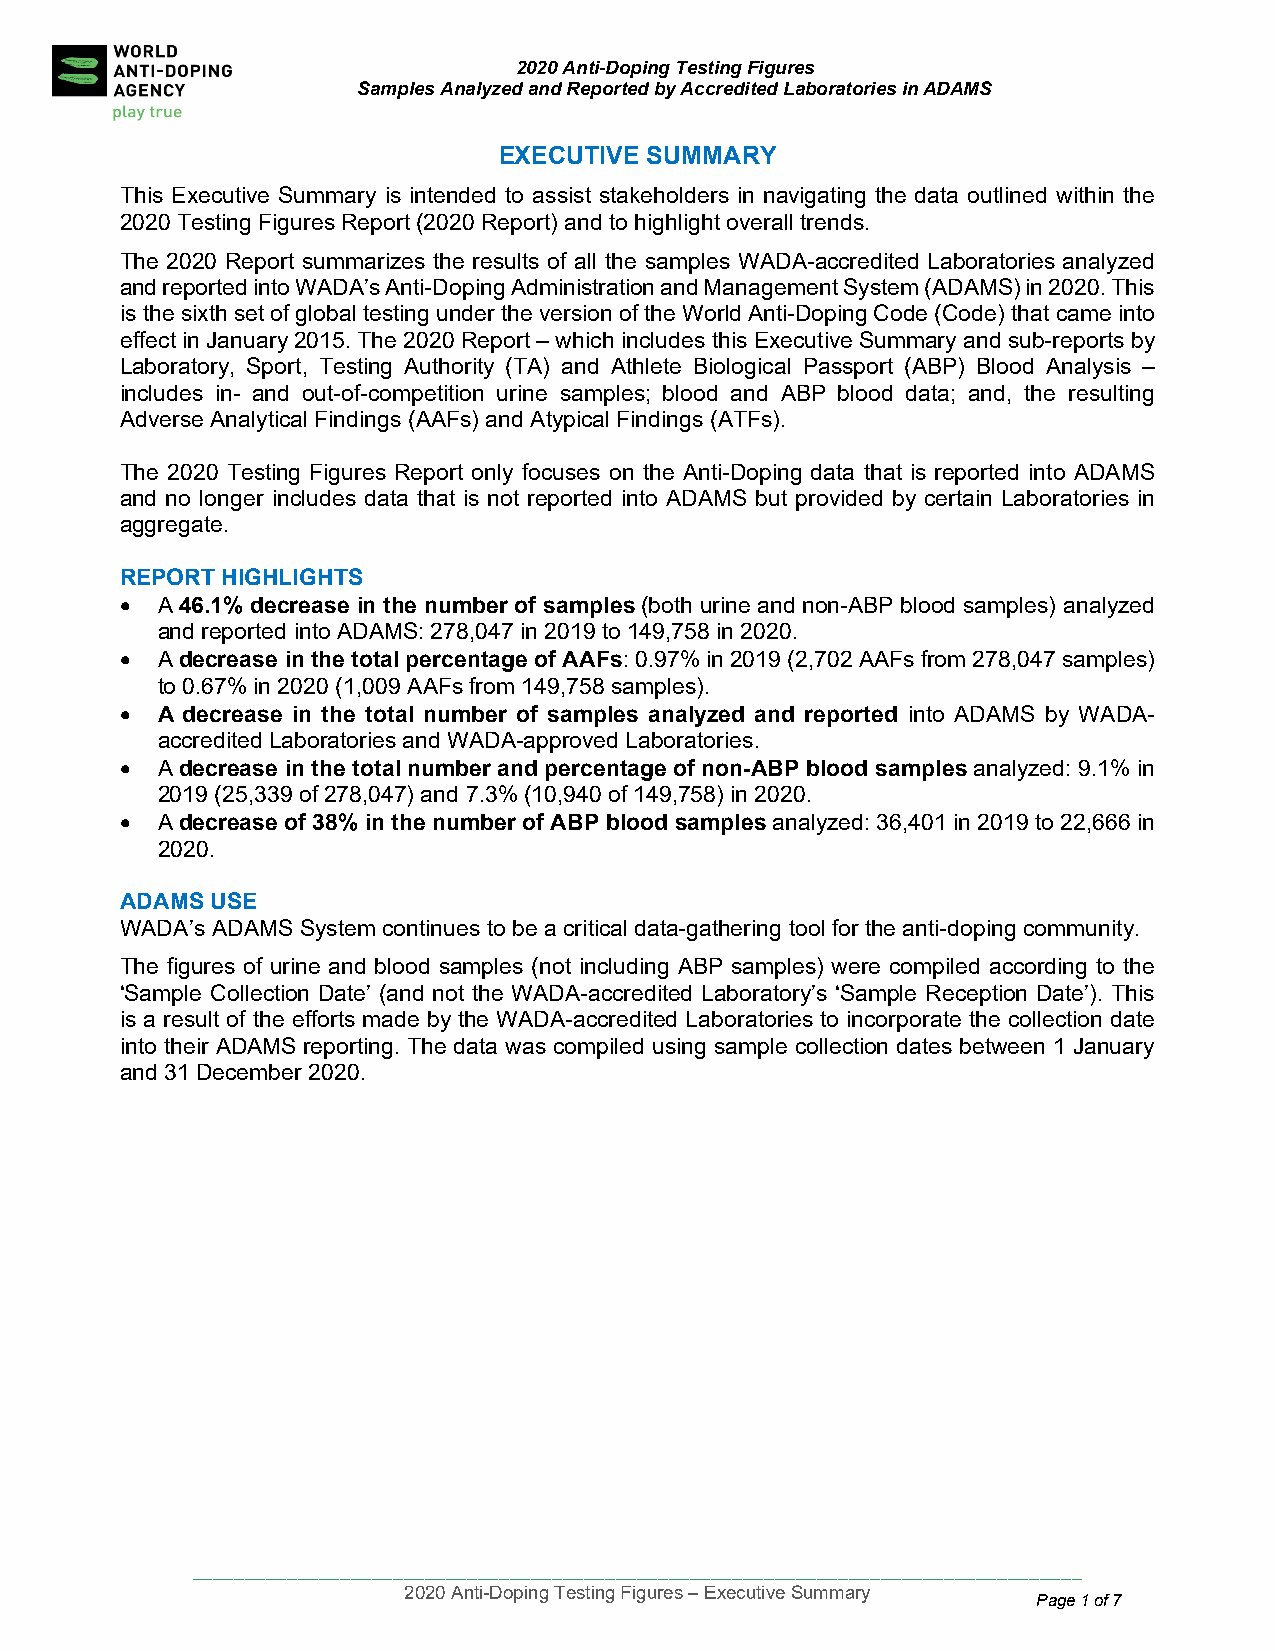
2020 Anti-Doping Testing Figures
 Samples Analyzed and Reported by Accredited Laboratories in ADAMS
 EXECUTIVE SUMMARY
 This Executive Summary is intended to assist stakeholders in navigating the data outlined within the
 2020 Testing Figures Report (2020 Report) and to highlight overall trends.
 The 20 20 Report summarizes the results of all the samples WADA-accredited Laboratories analyzed
 and rep orted into WADA’s Anti-Doping Administration and Management System (ADAMS) in 2020. This
 is the s ixth set of global testing under the version of the World Anti-Doping Code (Code) that came into
 effect i n January 2015. The 2020 Report – which includes this Executive Summary and sub-reports by
 Labora tory, Sport, Testing Authority (TA) and Athlete Biological Passport (ABP) Blood Analysis –
 include s in- and out-of-competition urine samples; blood and ABP blood data; and, the resulting
 Adverse Analytical Findings (AAFs) and Atypical Findings (ATFs).
 The 2020 Testing Figures Report only focuses on the Anti-Doping data that is reported into ADAMS
 and no longer includes data that is not reported into ADAMS but provided by certain Laboratories in
 aggregate.
 REPORT HIGHLIGHTS
 • A 46.1% decrease in the number of samples (both urine and non-ABP blood samples) analyzed
 and reported into ADAMS: 278,047 in 2019 to 149,758 in 2020.
 • A d ecrease in the total percentage of AAFs: 0.97% in 2019 (2,702 AAFs from 278,047 samples)
 to 0.67% in 2020 (1,009 AAFs from 149,758 samples).
 • A d ecrease in the total number of samples analyzed and reported into ADAMS by WADA-
 accredited Laboratories and WADA-approved Laboratories.
 • A d ecrease in the total number and percentage of non-ABP blood samples analyzed: 9.1% in
 2019 (25,339 of 278,047) and 7.3% (10,940 of 149,758) in 2020.
 • A d ecrease of 38% in the number of ABP blood samples analyzed: 36,401 in 2019 to 22,666 in
 202 0.
 ADAM S USE
 WADA ’s ADAMS System continues to be a critical data-gathering tool for the anti-doping community.
 The figures of urine and blood samples (not including ABP samples) were compiled according to the
 ‘Sample Collection Date’ (and not the WADA-accredited Laboratory’s ‘Sample Reception Date’). This
 is a result of the efforts made by the WADA-accredited Laboratories to incorporate the collection date
 into their ADAMS reporting. The data was compiled using sample collection dates between 1 January
 and 31 December 2020.
 ____________________________________________________________________________________
 2020 Anti-Doping Testing Figures – Executive Summary
 Page 1 of 7